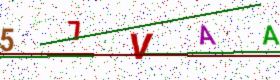
Text: 57VAA